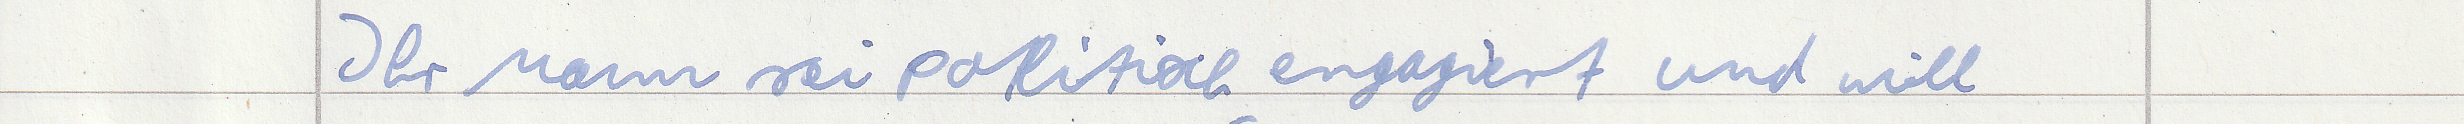
Ihr Mann sei politisch engagiert und will